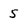
Character: S